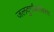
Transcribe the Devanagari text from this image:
जलदुर्गांबरोबरच